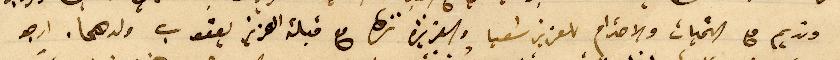
ونديم مع التحيات والاحترام للعزيز شعيا والعزيزة نزها مع قبلة العزيز يعقوب ولدهما. ارجو